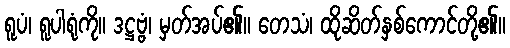
ရူပံ၊ ရူပါရုံကို။ ဒဋ္ဌဗ္ဗံ၊ မှတ်အပ်၏။ တေသံ၊ ထိုဆိတ်နှစ်ကောင်တို့၏။